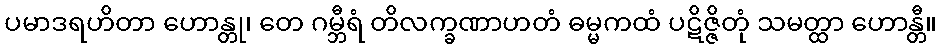
ပမာဒရဟိတာ ဟောန္တု၊ တေ ဂမ္ဘီရံ တိလက္ခဏာဟတံ ဓမ္မကထံ ပဋိဇ္ဇိတုံ သမတ္ထာ ဟောန္တီ။